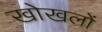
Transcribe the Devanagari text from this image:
खोखलों